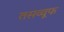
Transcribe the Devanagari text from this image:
तसव्वूफ